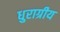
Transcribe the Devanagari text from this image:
धुराग्रीय